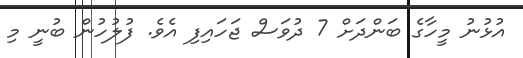
އުޅުނު މީހާގެ ބަންދަށް 7 ދުވަސް ޖަހައިފި އެވެ. ފުލުހުން ބުނީ މި